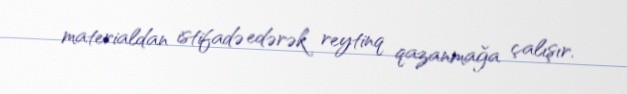
materialdan istifadə edərək reytinq qazanmağa çalışır.